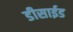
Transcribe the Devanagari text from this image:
डीसाईड